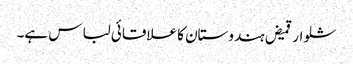
شلوار قمیض ہندوستان کا علاقائی لباس ہے۔